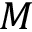
M